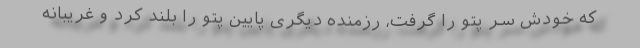
که خودش سر پتو را گرفت، رزمنده دیگری پایین پتو را بلند کرد و غریبانه